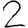
Digit: 2